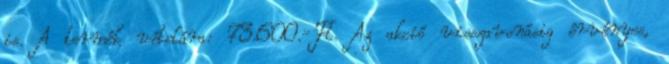
is. A termék vételára: 73.600.-Ft. Az akció visszavonásig érvényes,